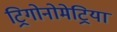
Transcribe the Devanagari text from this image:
ट्रिगोनोमेट्रिया